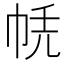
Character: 𢂮